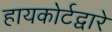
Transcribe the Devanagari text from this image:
हायकोर्टद्वारे